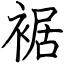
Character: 裾